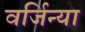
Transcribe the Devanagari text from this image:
वर्जिन्या